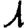
Digit: 1